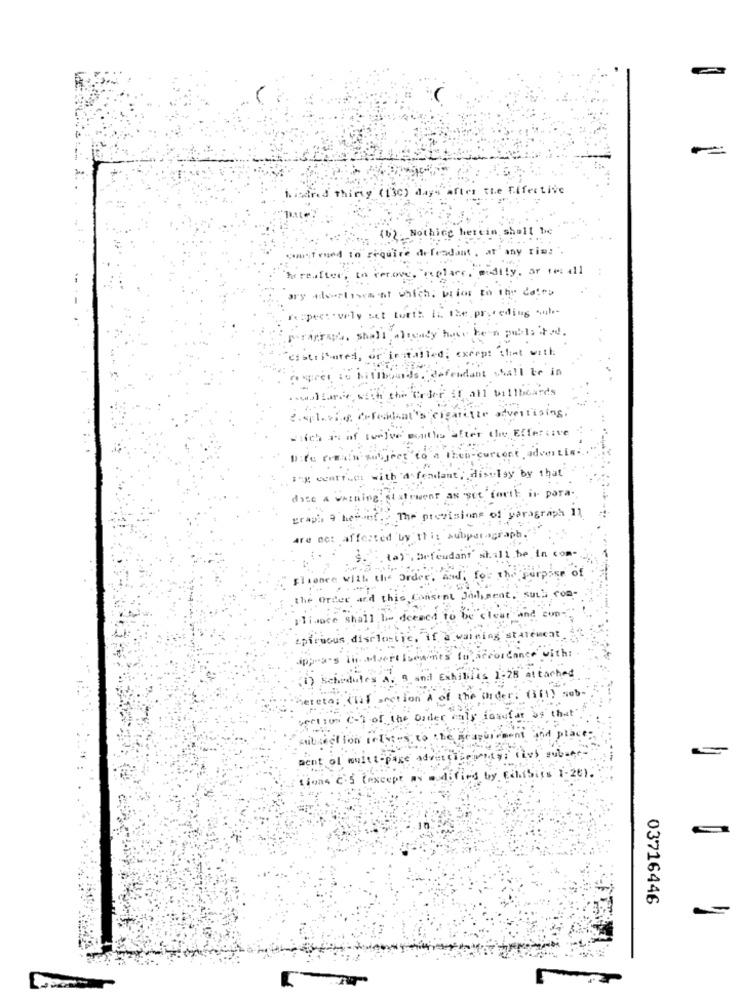
indred thirty (130) days after the Effective
(b). Nothing hercin shall be
mit rund to require defendant , at any rim: ".
. midity, or 14: 411
tereafter,
rer.ove
t which. prior to the dairy
respectively set tori: In the preceding sub-
Paragraph. shall aligndy has been publs ited.
or installed, except that with
distri-
respect is billboards. defendant shall be in
.wallace, with the Order SI all billboards
e.splacing CoFeddat's cigarette advertising.
-lich as of twelve muito after the Effective
DiVe frein subject to a then-current advertis-
Het centrum with 'd fondant. Hiselay by that
disc A warning. statement as "set forth ir para -.
graph 9 herauf. . The provisions of paragraph 11
are not affected by this subparagraph.
9 ... ta) , Defendant' Nh. : ll be in com-
glionee with the Order, and, for the purpose of
the Order and this Consent Judgment, sull com-
gliwice shall be deemed to be clear and cop-
epirocus disclosure. if a warning statement.
appears in stvert Isewants to accordance with:
1) Schedule's A. A ani Exhibits 1-28 attached
hereto: (Ii) accion A of the order. (361) sub-
section (-) of the Order caly forufar as that
section relates to the graquirment and place;
ment of multi-page advertise mity; (iv) subaet-
tions C'S (except as modified by EarSiis 1-26).
03716446